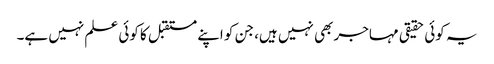
یہ کوئی حقیقی مہاجر بھی نہیں ہیں، جن کو اپنے مستقبل کا کوئی علم نہیں ہے۔